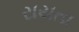
રાયતા